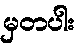
မှတပါး